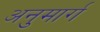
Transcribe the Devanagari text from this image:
अनुमार्ग